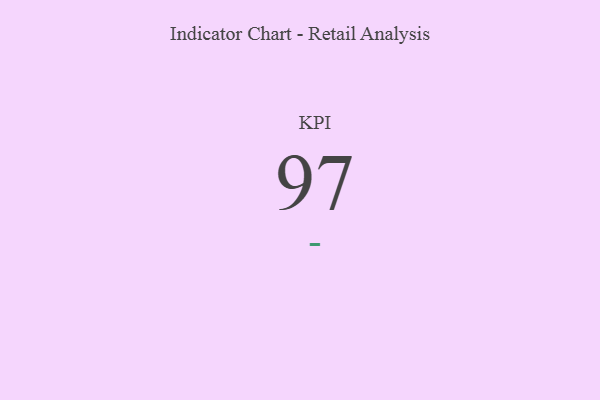
{"axis": {"x": "KPI", "y": "Value"}, "legend": [""], "data": [{"x": "KPI", "y": 97, "type": ""}]}